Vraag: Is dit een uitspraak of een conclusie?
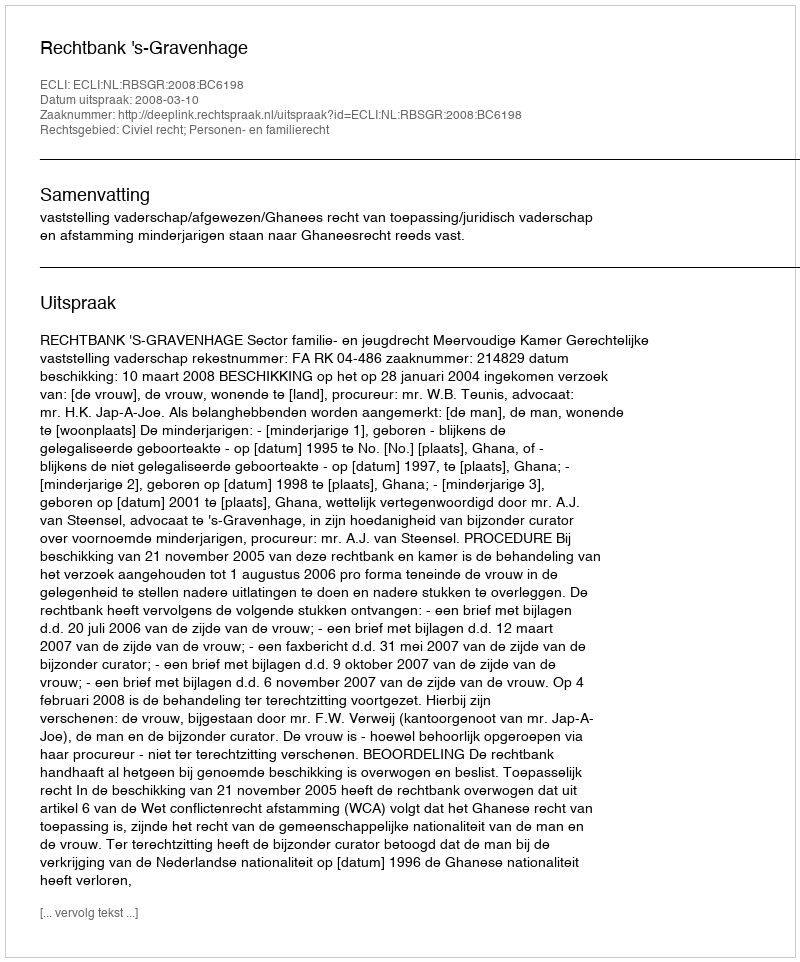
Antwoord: Uitspraak